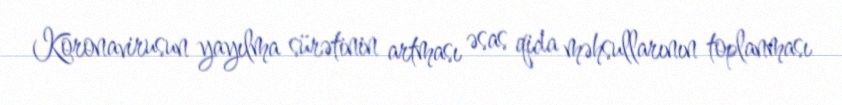
Koronavirusun yayılma sürətinin artması əsas qida məhsullarının toplanması